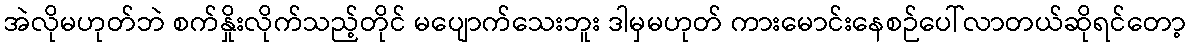
အဲလိုမဟုတ်ဘဲ စက်နှိုးလိုက်သည့်တိုင် မပျောက်သေးဘူး ဒါမှမဟုတ် ကားမောင်းနေစဉ်ပေါ်လာတယ်ဆိုရင်တော့